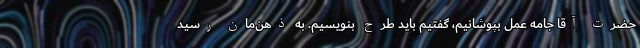
حضرت آقا جامه عمل بپوشانیم، گفتیم باید طرح بنویسیم. به ذهن‌مان رسید